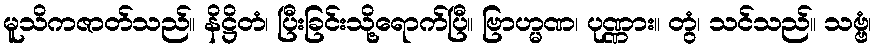
မူသိကဇာတ်သည်။ နိဋ္ဌိတံ၊ ပြီးခြင်းသို့ရောက်ပြီ။ ဗြာဟ္မဏ၊ ပုဏ္ဏား။ တွံ၊ သင်သည်။ သဗ္ဗံ၊